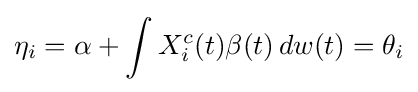
\eta _{i}=\alpha +\int X_{i}^{c}(t)\beta (t)\,dw(t)=\theta _{i}